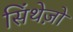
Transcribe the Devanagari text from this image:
सिंथेज़ों